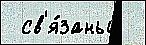
 св'я́заны